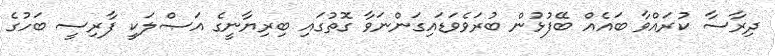
ދިރާސާ ކުރައްވާ ބައެއް ބޭފުޅުން ބުރަވެވަޑައިގަންނަވާ ގޮތުގައި ބިރިޔާނީގެ އަޞްލަކީ ފާރިސީ ބަހުގެ